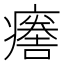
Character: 𤺦